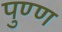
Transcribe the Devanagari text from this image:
पुण्ण